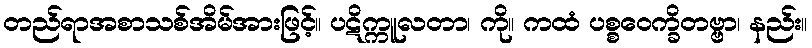
တည်ရာအစာသစ်အိမ်အားဖြင့်။ ပဋိက္ကူလတာ၊ ကို။ ကထံ ပစ္စဝေက္ခိတဗ္ဗာ၊ နည်း။